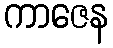
ကာဇေန